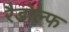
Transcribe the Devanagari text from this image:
रैडोल्फ